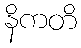
နိကတိ